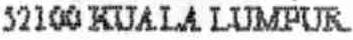
52100 KUALA LUMPUR.